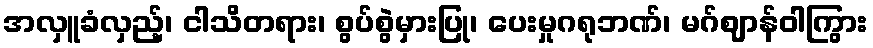
အလှူခံလှည့်၊ ငါသိတရား၊ စွပ်စွဲမှားပြု၊ ပေးမှုဂရုဘဏ်၊ မဂ်ဈာန်ဝါကြွား